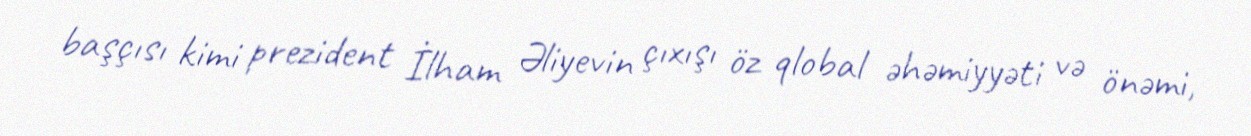
başçısı kimi prezident İlham Əliyevin çıxışı öz qlobal əhəmiyyəti və önəmi,